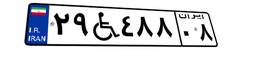
۲۹W۴۸۸۰۸